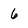
Character: 6